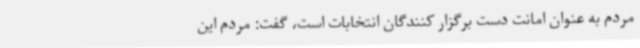
مردم به عنوان امانت دست برگزار کنندگان انتخابات است، گفت: مردم این